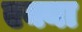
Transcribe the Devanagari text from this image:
एक्या